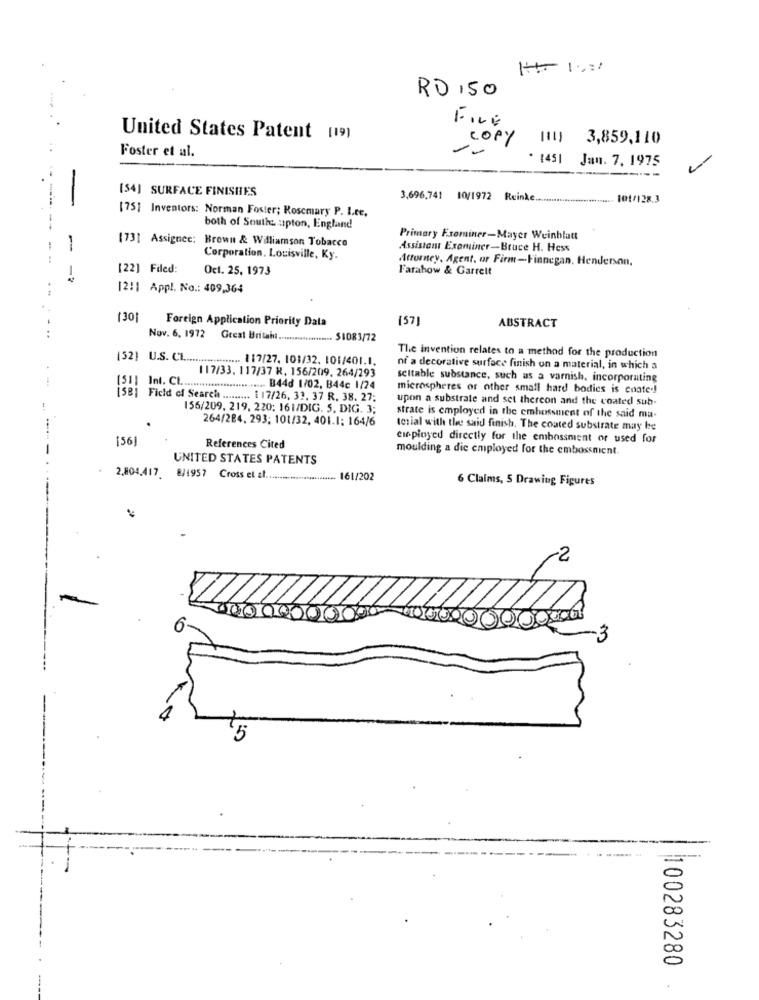
RD ,50
United States Patent [19)
COPY 1111
3,859,110
Foster et al.
. 1451
Jan. 7. 1975
--
[54] SURFACE FINISHES
3,696,741 10/1972 Reinke .............................
101/128.3
-
[75] Inventors: Norman Foster; Rosemary P. I.ce.
both of Southe upton, England
(73] Assignee: Brown & Williamson Tobacco
Primary Exominer-Mayer Weinblatt
-
Assistant Examiner-Bruce H. Hess
Corporation. Louisville, Ky.
Attorney, Agent, or Firm-Finnegan, Henderson,
[22] Filed:
Oct. 25. 1973
Farahow & Garrett
1211 Appl. No .: 409,364
1301
Foreign Application Priority Data
(57]
ABSTRACT
..
Nov. 6. 1972 Great Britain .......
... $1083/72
(52) U.S. CL ................... 117/27. 103/32. 101/401.1.
The invention relates to a method for the production
117/33, 117/37 R. 156/209. 264/293
of a decorative surface finish on a material, in which a
seltable substance, such as a varnish, incorporating
[51] Int. Ct ............................ B44d 1/02, B44c 1/24
microspheres or other small hard bodies is enate .!
[SB] Field of Search ......... 1 17/26, 33, 37 R. 38. 27;
upon a substrate and set thereon and the coated sub-
156/209. 219, 220; 161/DIG. 5. DIG. 3;
264/284. 293; 101/32, 401.1; 164/6
strate is employed in the cmhossment of the said ma-
terial with the said finish. The coated substrate may be
156
eur-ployed directly for the embossment or used for
References Cited
moulding a die employed for the embossment.
UNITED STATES PATENTS
2.804,417. 8/1957 Cross et al .......................... 161/202
6 Claims, S Drawing Figures
2
100283280